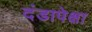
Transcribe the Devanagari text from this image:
दंडापेक्षा